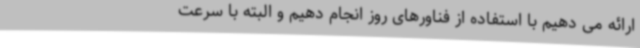
ارائه می دهیم با استفاده از فناورهای روز انجام دهیم و البته با سرعت